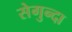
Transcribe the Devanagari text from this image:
सेगुन्दा